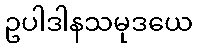
ဥပါဒါနသမုဒယေ